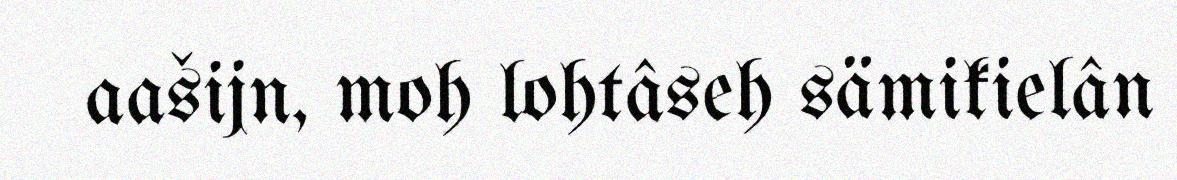
aašijn, moh lohtâseh sämikielân